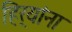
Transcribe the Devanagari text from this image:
हिर्‍यांना